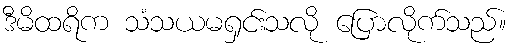
ဒီမိထရိက သံသယမရှင်းသလို ပြောလိုက်သည်။